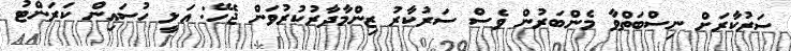
ސަރުކާރަށް ނިސްބަތްވާ މެންބަރުން ވެސް ސަރުކާރު ޒިންމާދާރުކުރުވަން ޖެހޭ: އަލީ ހުސައިން ކަރަންޓު